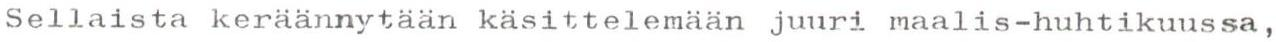
Sellaista keräännytään käsittelemään juuri maalis-huhtikuussa,